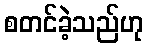
စတင်ခဲ့သည်ဟု